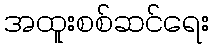
အထူးစစ်ဆင်ရေး